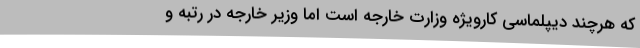
که هرچند دیپلماسی کارویژه وزارت خارجه است اما وزیر خارجه در رتبه و